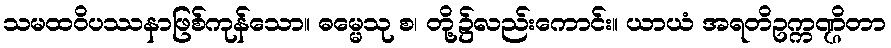
သမထဝိပဿနာဖြစ်ကုန်သော။ ဓမ္မေသု စ၊ တို့၌လည်းကောင်း။ ယာယံ အရတိဥက္ကဏ္ဌိတာ